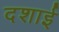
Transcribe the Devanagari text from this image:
दशाई